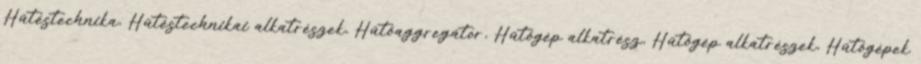
Hűtéstechnika, Hűtéstechnikai alkatrészek, Hűtőaggregátor, Hűtőgép alkatrész, Hűtőgép alkatrészek, Hűtőgépek